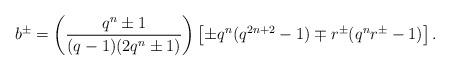
LaTeX: \begin{align*}b^\pm=\left(\frac{q^n\pm 1}{(q-1)(2q^n\pm 1)}\right)\left[ \pm q^n(q^{2n+2}-1)\mp r^\pm (q^nr^\pm-1)\right].\end{align*}